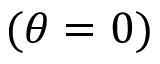
( \theta = 0 )